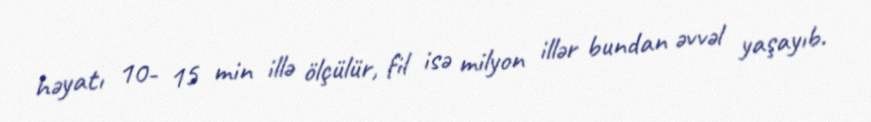
həyatı 10- 15 min illə ölçülür, fil isə milyon illər bundan əvvəl yaşayıb.